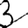
Digit: 3